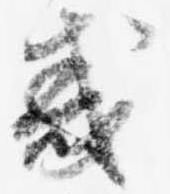
惑